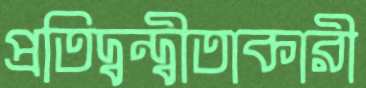
প্রতিদ্বন্দ্বীতাকারী